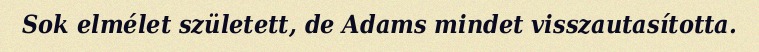
Sok elmélet született, de Adams mindet visszautasította.